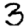
Digit: 3